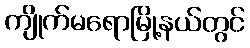
ကျိုက်မရောမြို့နယ်တွင်